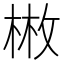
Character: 𢽳